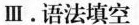
Ⅲ.语法填空